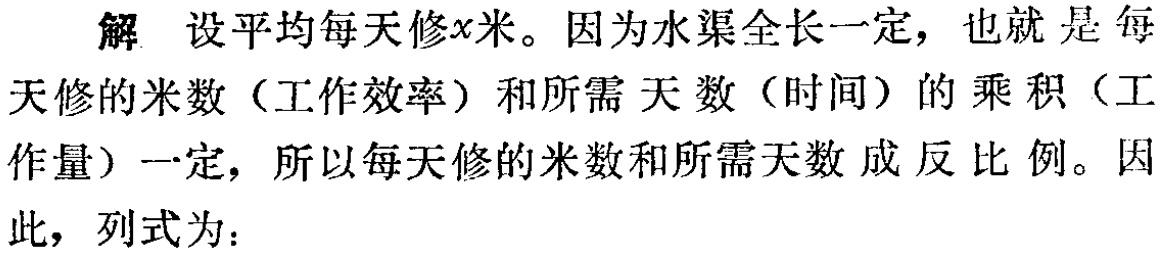
解 设平均每天修\(x\)米。因为水渠全长一定，也就是每天修的米数（工作效率）和所需天数（时间）的乘积（工作量）一定，所以每天修的米数和所需天数成反比例。因此，列式为：